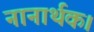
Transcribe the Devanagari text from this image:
नानार्थक।